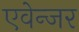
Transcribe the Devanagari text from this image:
एवेन्जर